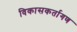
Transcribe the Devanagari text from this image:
विकासकर्तागण